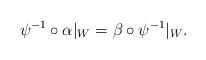
LaTeX: \begin{align*}\psi^{-1}\circ\alpha|_W=\beta\circ \psi^{-1}|_W.\end{align*}